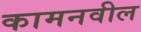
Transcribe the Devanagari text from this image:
कामनवील